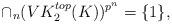
LaTeX: \begin{align*}\cap_n(VK_2^{top}(K))^{p^n}=\{1\},\end{align*}